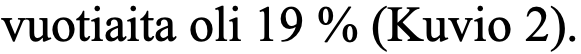
vuotiaita oli 19 % (Kuvio 2).